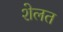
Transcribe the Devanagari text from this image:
शेलत